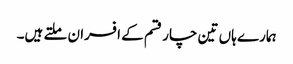
ہمارے ہاں تین چار قسم کے افسران ملتے ہیں۔